65_HS1-834228961_62-HQ-83894_Section_9
Agency: FBI
Page 161
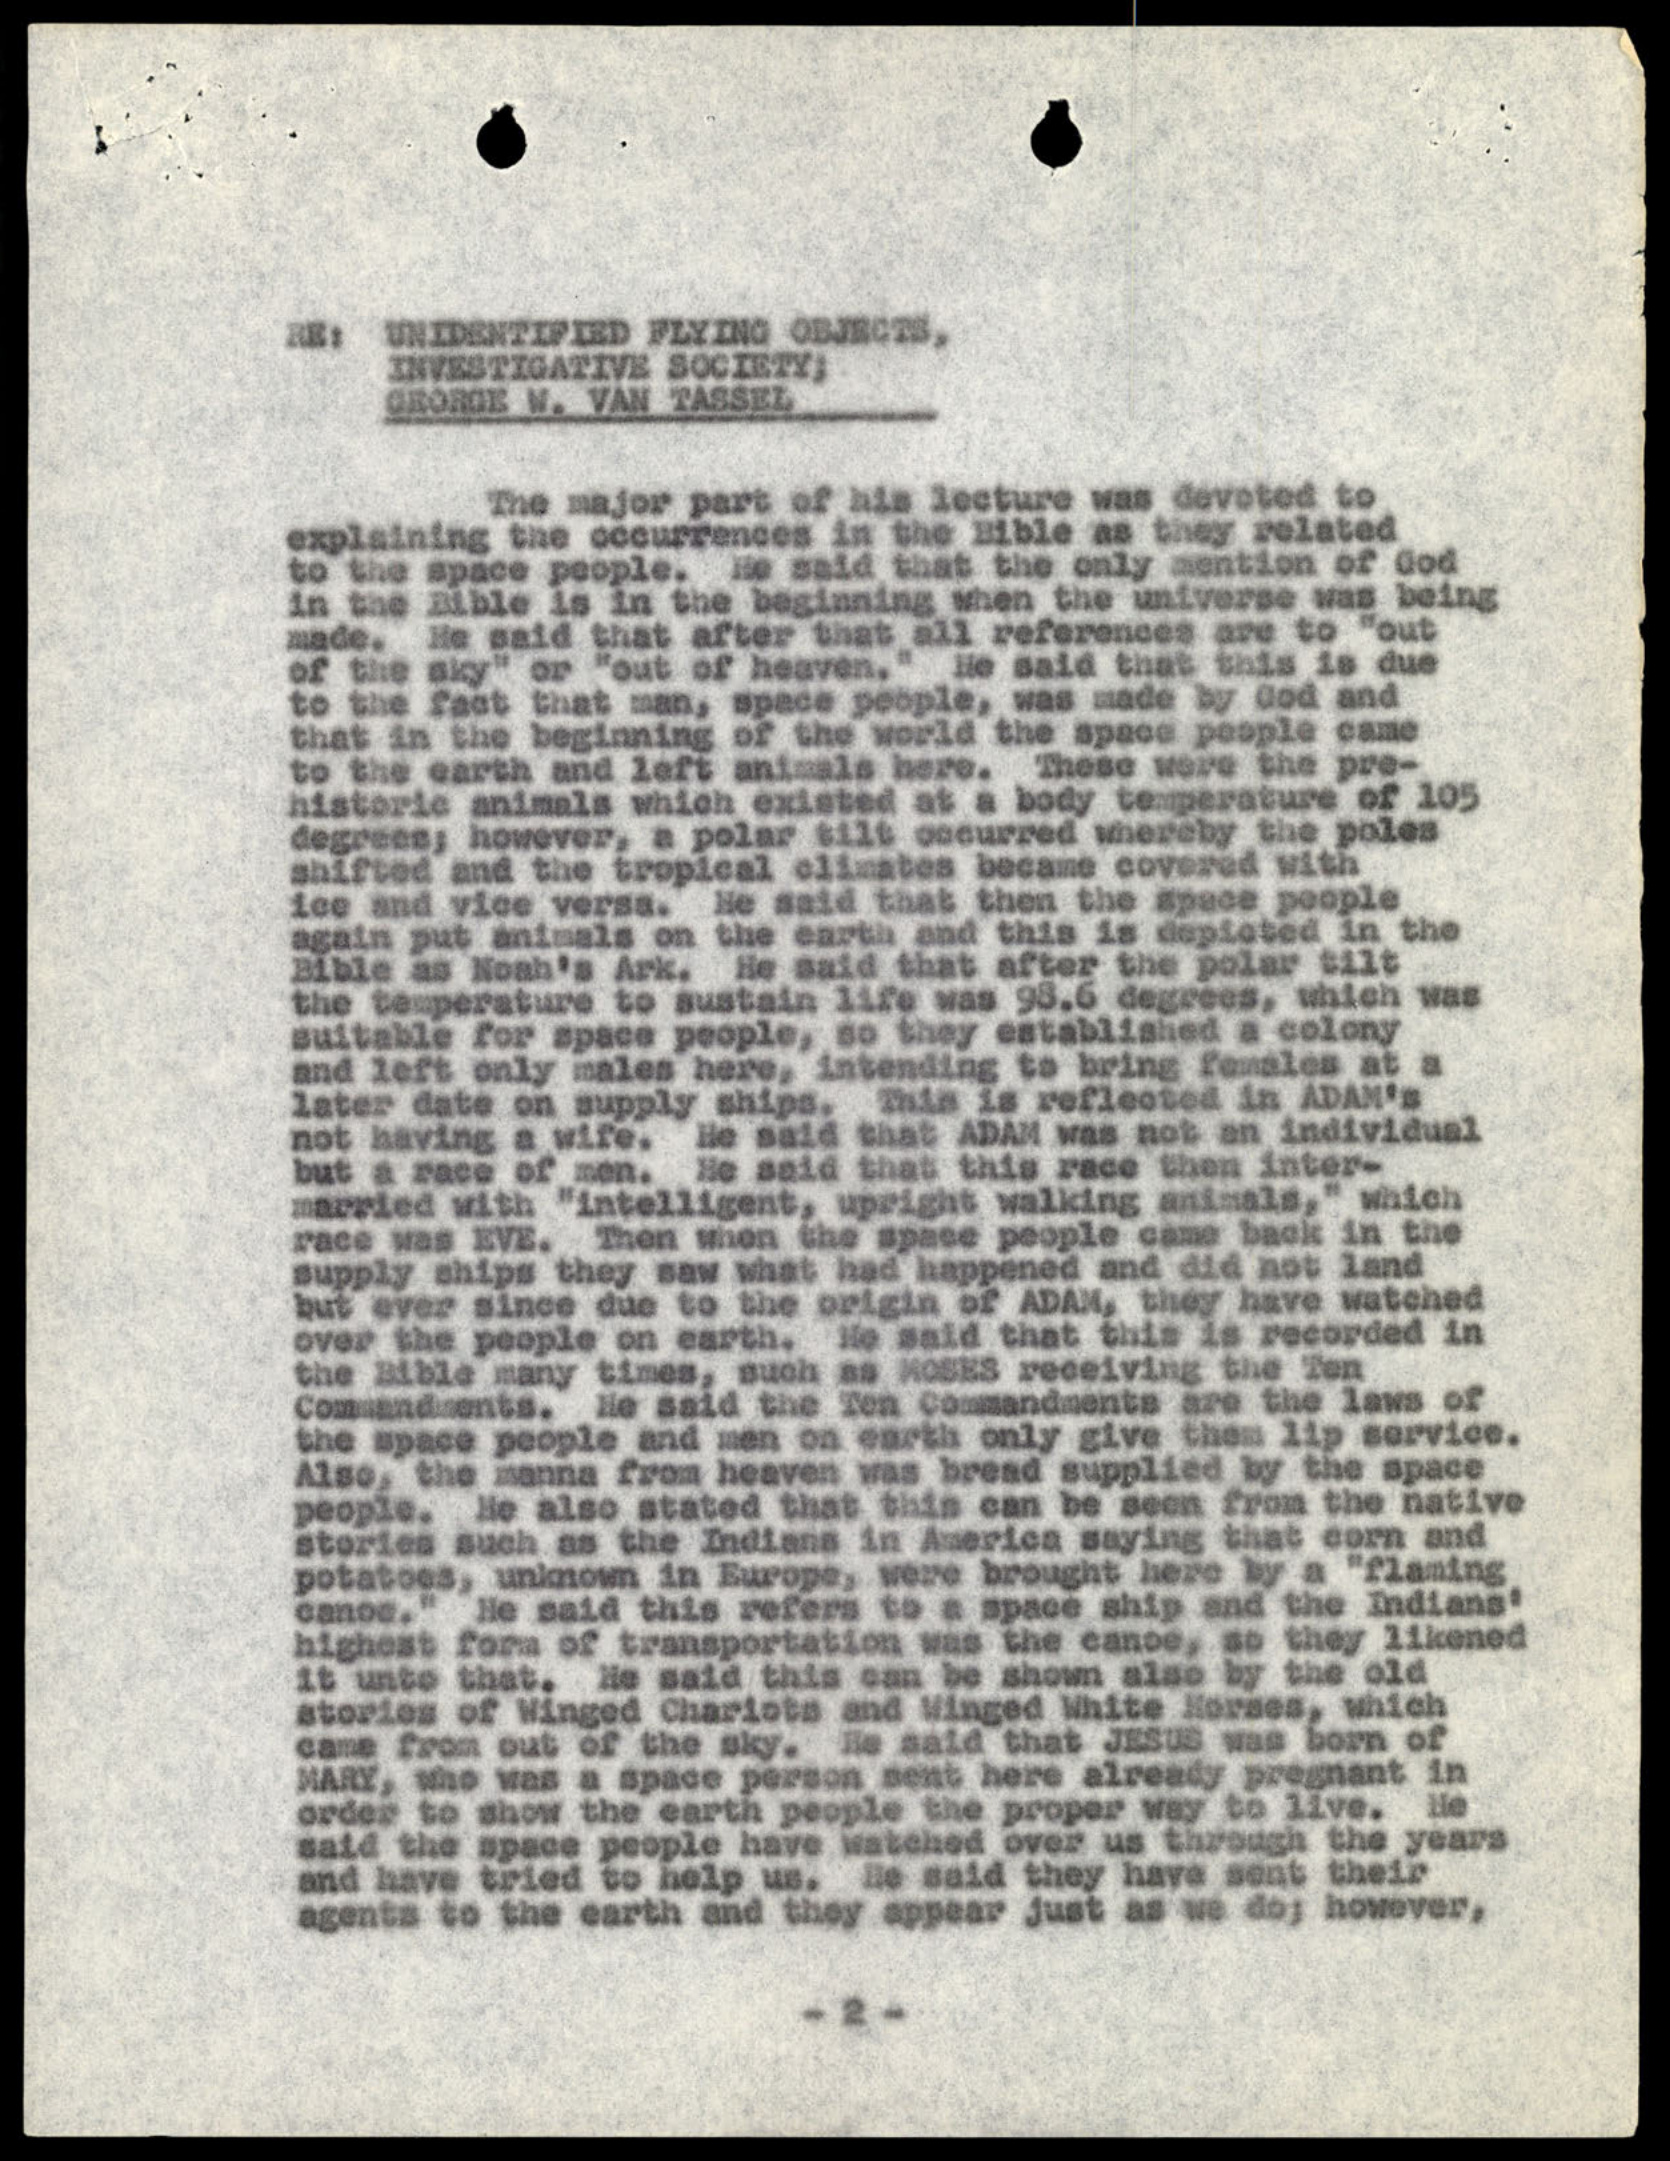